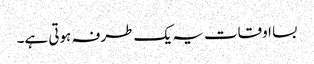
بسا اوقات یہ یک طرفہ ہوتی ہے۔